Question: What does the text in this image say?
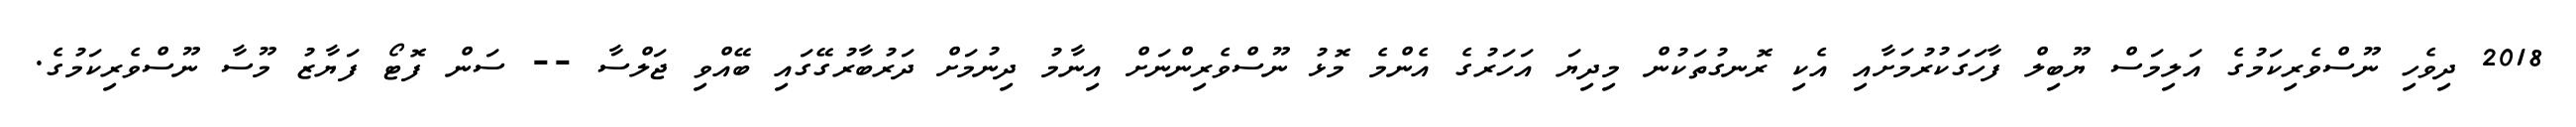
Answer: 2018 ދިވެހި ނޫސްވެރިކަމުގެ އަލިމަސް ޔޫބިލް ފާހަގަކުރުމަށާއި އެކި ރޮނގުތަކުން މިދިޔަ އަހަރުގެ އެންމެ މޮޅު ނޫސްވެރިންނަށް އިނާމު ދިނުމަށް ދަރުބާރުގޭގައި ބޭއްވި ޖަލްސާ -- ސަން ފޮޓޯ ފަޔާޒު މޫސާ ނޫސްވެރިކަމުގެ.